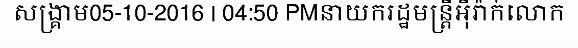
សង្គ្រាម05-10-2016 | 04:50 PMនាយករដ្ឋមន្ត្រីអ៊ីរ៉ាក់លោក